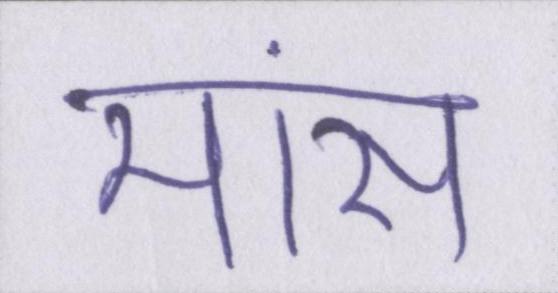
मांस